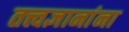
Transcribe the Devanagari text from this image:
तत्त्वज्ञानांना